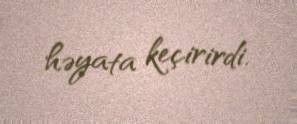
həyata keçirirdi.